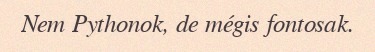
Nem Pythonok, de mégis fontosak.